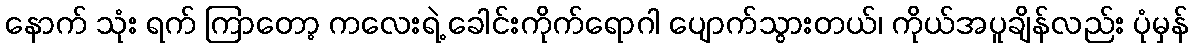
နောက် သုံး ရက် ကြာတော့ ကလေးရဲ့ ခေါင်းကိုက်ရောဂါ ပျောက်သွားတယ်၊ ကိုယ်အပူချိန်လည်း ပုံမှန်